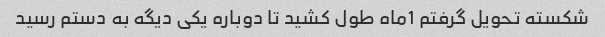
شکسته تحویل گرفتم 1ماه طول کشید تا دوباره یکی دیگه به دستم رسید